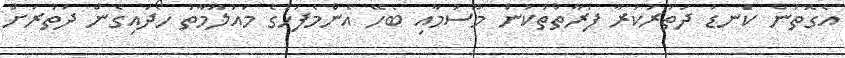
އެގޮތުން ކަނޑު ދަތުރުކުރާ ފަރާތްތަކުން މޫސުމާއި ބެހޭ އެންމެފަހުގެ މައުލޫމާތު ހޯދައިގެން ދަތުރަށް